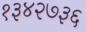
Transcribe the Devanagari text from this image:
१३४२७३६